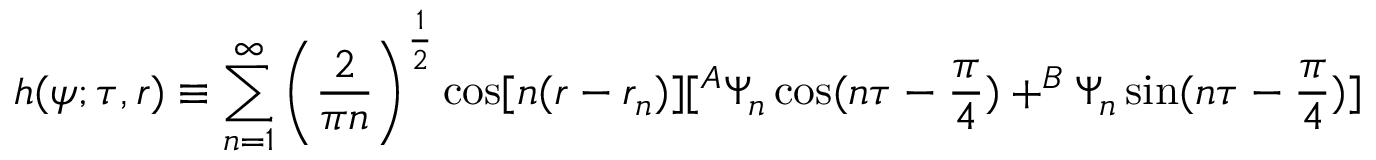
h ( \psi ; \tau , r ) \equiv \sum _ { n = 1 } ^ { \infty } \left( \frac 2 { \pi n } \right) ^ { \frac 1 2 } \cos [ n ( r - r _ { n } ) ] [ ^ { A } \Psi _ { n } \cos ( n \tau - \frac \pi 4 ) + ^ { B } \Psi _ { n } \sin ( n \tau - \frac \pi 4 ) ]